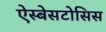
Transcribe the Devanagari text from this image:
ऐस्बेसटोसिस